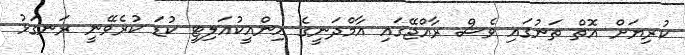
ކުރިޔަށް އޮތް ތަނުގައި ވެސް ރާއްޖޭގައި އާމްދަނީގެ އިންއީކުއަލިޓީ ކުޑަ ކުރެވޭނީ ރަނގަޅު